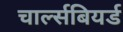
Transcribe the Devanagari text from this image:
चार्ल्सबियर्ड